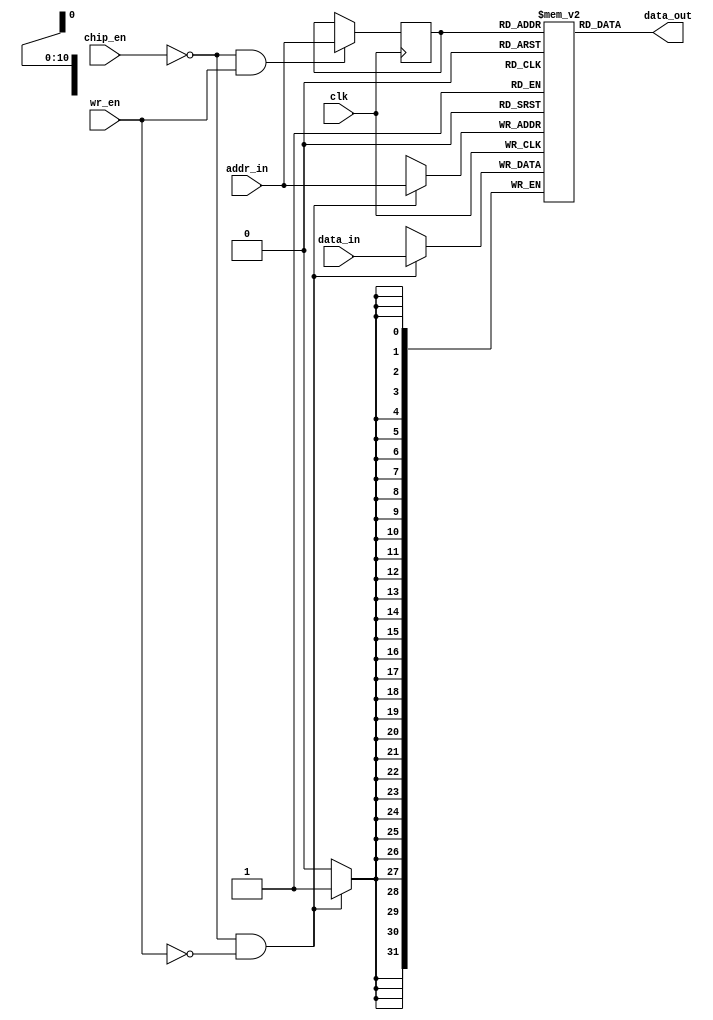
// Created by Brandon Saldanha
module sram_32b_w2048 #(
	parameter num = 2048,
	parameter width = 32
)(
	input clk,
	input [width-1:0] data_in,
	output [width-1:0] data_out,
	input chip_en,			//Low enable
	input wr_en,			//Low enable
	input [10:0] addr_in
);

reg [width-1:0] memory [num-1:0];
reg [10:0] add_q;
assign data_out = memory[add_q];

always @ (posedge clk) begin
	if (!chip_en && wr_en) // read 
    	add_q <= addr_in;

   	if (!chip_en && !wr_en) // write
      	memory[addr_in] <= data_in; 
end

integer idx;
initial begin
	$dumpfile("core_tb.vcd");
	for(idx = 0; idx < num; idx = idx+1) begin: register
		$dumpvars(0, memory[idx]);
	end
end


endmodule